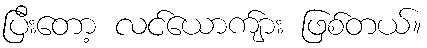
ပြီးတော့ လင်ယောက်ျား ဖြစ်တယ်။